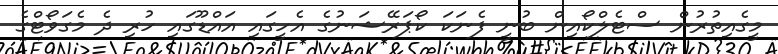
މީގެއިތުރުން ސްޓެލްކޯއިން ބުނީ ފެނަކަ ކޯޕަރޭޝަނުގެ އެހީގައި އައްޑޫގައި ހުރި ދެ މެގަވޯޓްގެ